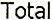
TOTAL